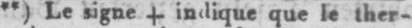
**) Le signe indique que le ther-